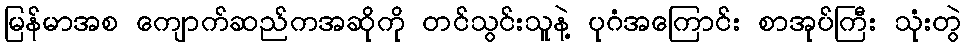
မြန်မာအစ ကျောက်ဆည်ကအဆိုကို တင်သွင်းသူနဲ့ ပုဂံအကြောင်း စာအုပ်ကြီး သုံးတွဲ